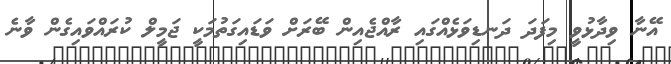
އޭނާ ވިދާޅުވީ މިފަދަ ދަނޑިވަޅެއްގައި ރާއްޖެއިން ބޭރަށް ވަޑައިގަތުމަކީ ޖަމީލް ކުރައްވައިގެން ވާނެ